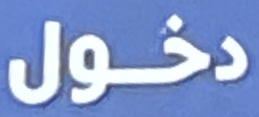
دخول